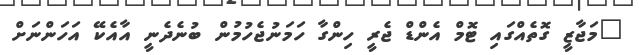
"މަޖާޒީ ގޮތެއްގައި ޓޮމް އެންޑް ޖެރީ ހިންގާ ހަމަނުޖެހުމުން ބުނެދެނީ އާއެކޭ އަހަންނަށް